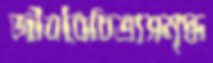
জীববৈচিত্র্যসমৃদ্ধ